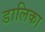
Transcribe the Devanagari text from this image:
डालिका